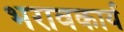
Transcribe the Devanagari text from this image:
भरावकार्य